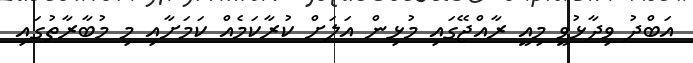
އަބްދު ވިދާޅުވީ މިއީ ރާއްޖޭގައި މުޅިން އަލަށް ކުރާކަމެއް ކަމަށާއި މި މުބާރާތުގައި